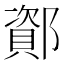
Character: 𫑫